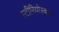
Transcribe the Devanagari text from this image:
स्टीरियोस्कोप